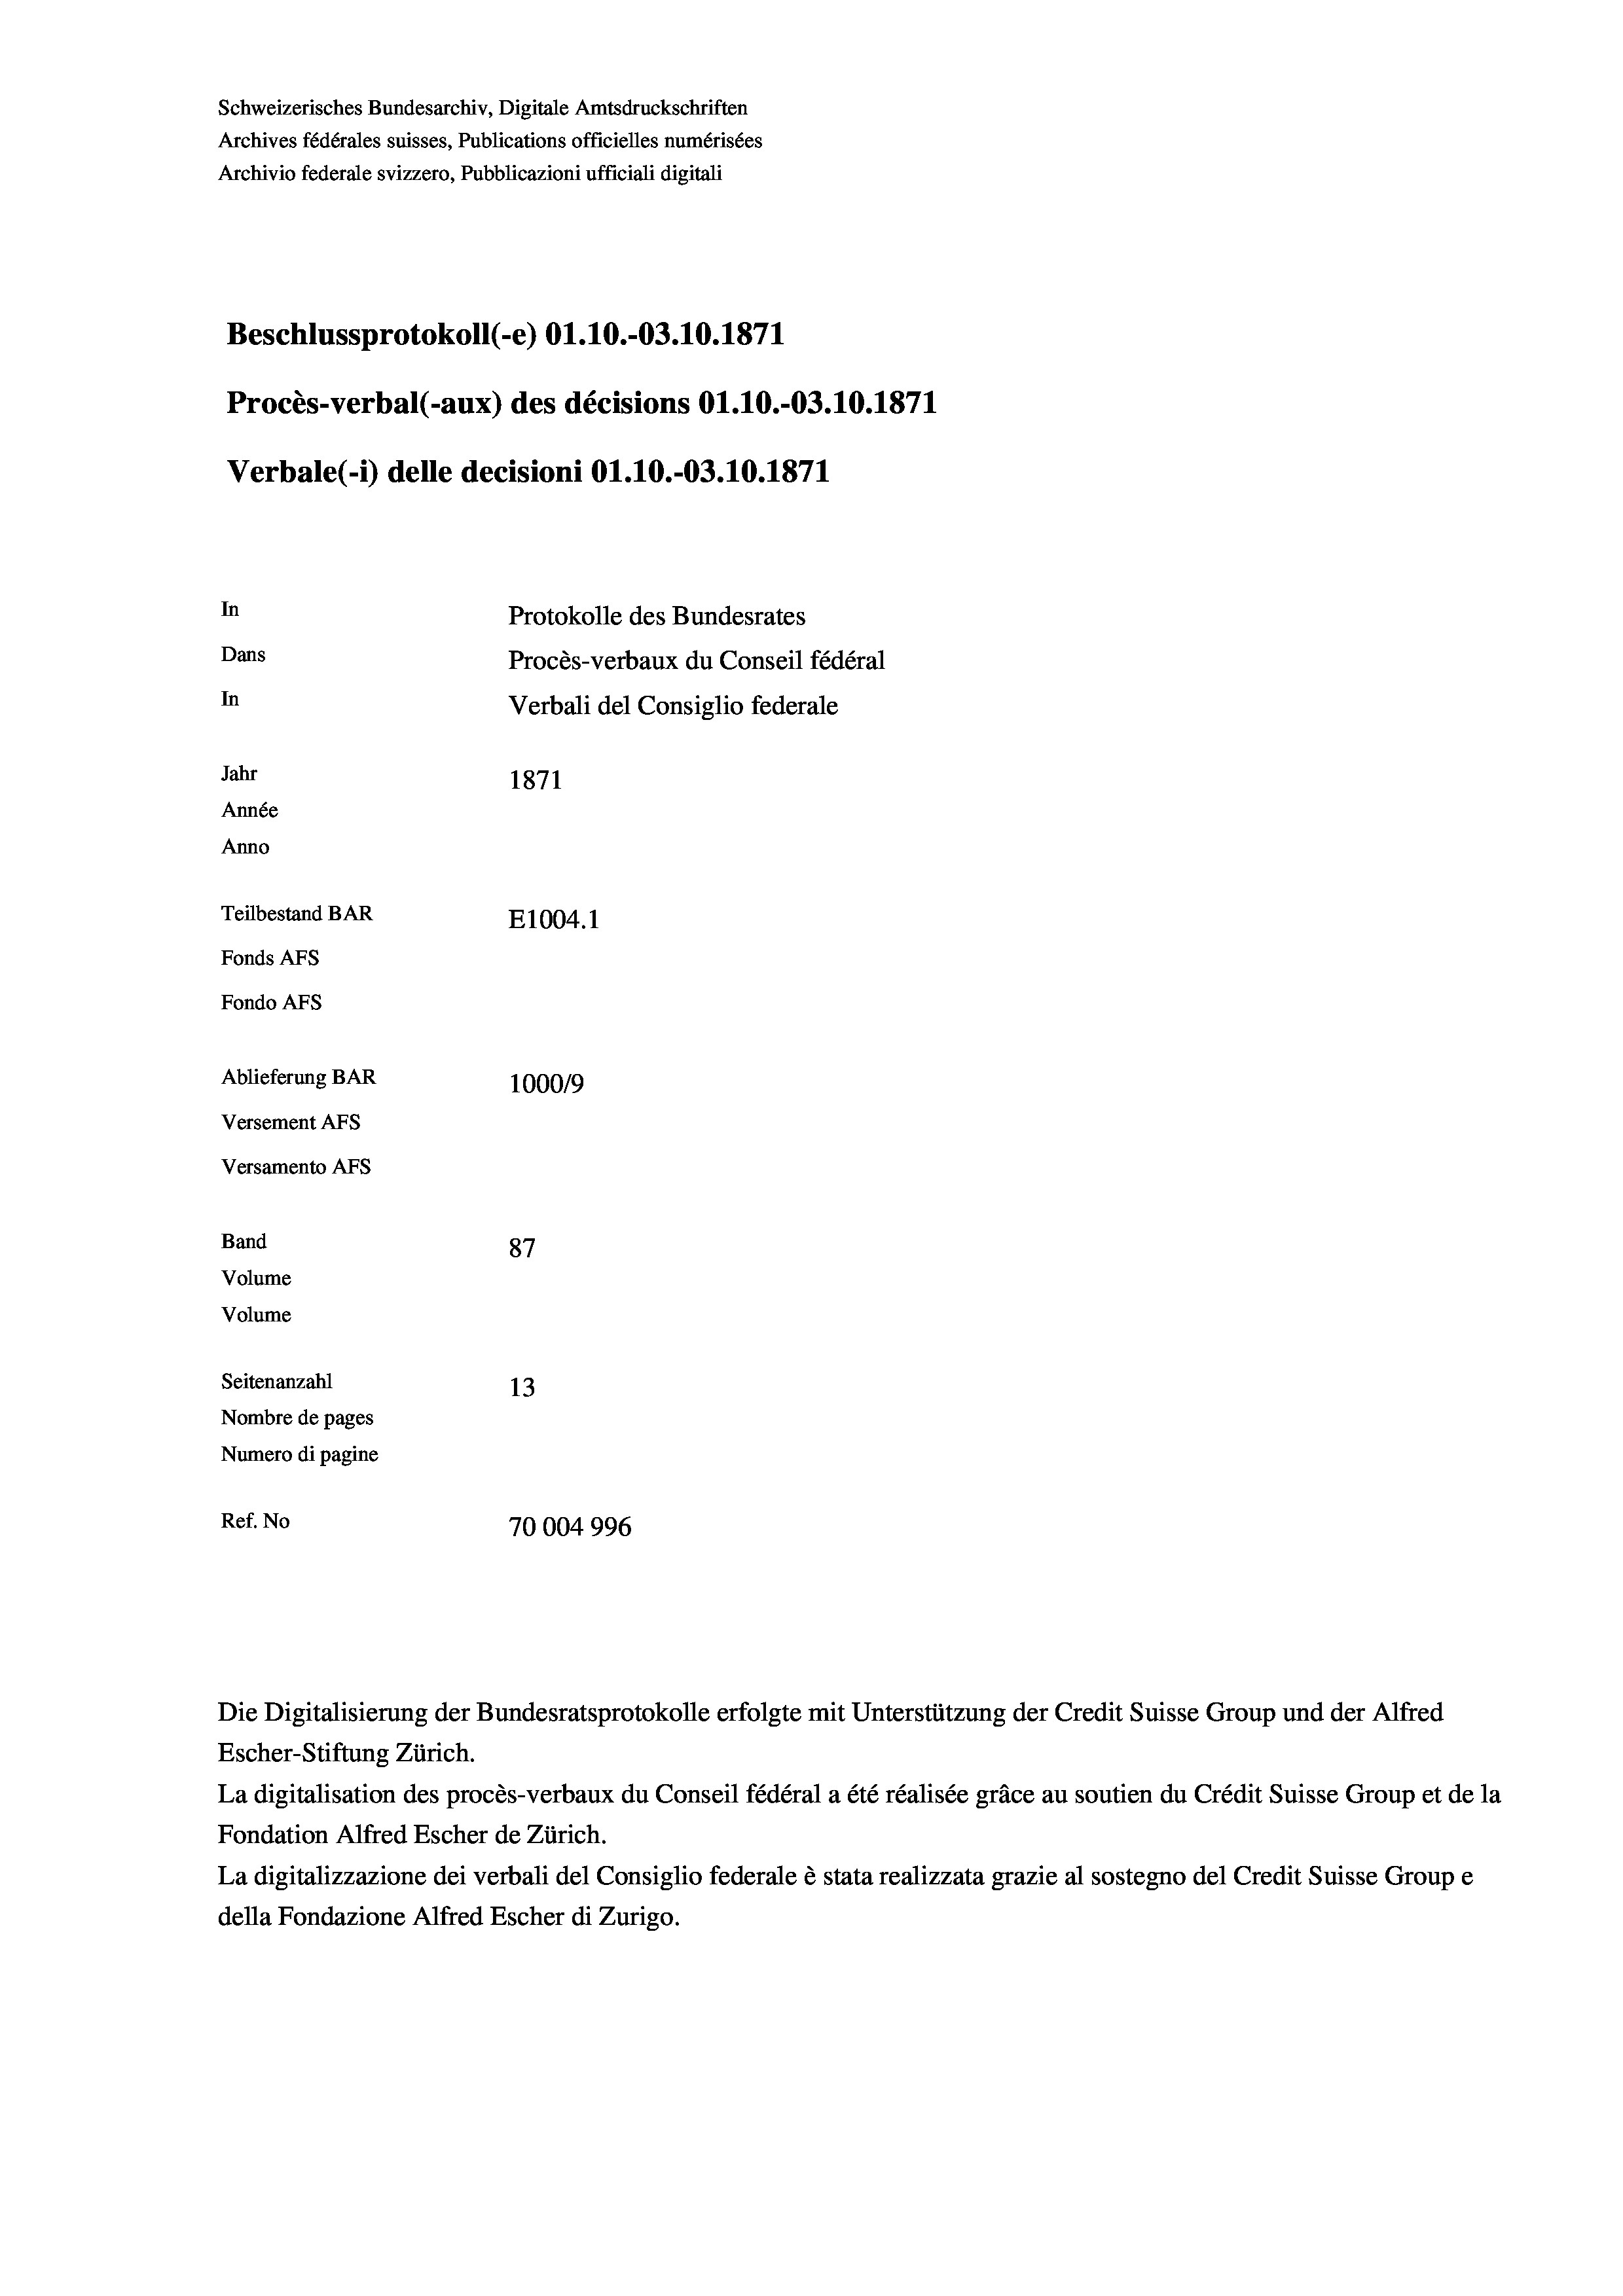
Schweizerisches Bundesarchiv, Digitale Amtsdruckschriften
Archives fédérales suisses, Publications officielles numérisées
Archivio federale svizzero, Pubblicazioni ufficiali digitali
Beschlussprotokoll (-e) O1.10.-03.10.1871
Procès-verbal (-aux) des décisions O1.10.-03.10.1871
Verbale(-*) delle decisioni O1.10.-03.10.1871
In
Protokolle des Bundesrates
Dans
Procès-verbaux du Conseil fédéral
In
Verbali del Consiglio federale
Jahr
1871
Année
Anno
Teilbestand BAR
E1004. 1
Fonds AFs
Fondo AFs
Ablieferung BAR
100019
Versement AFs
Versamento AFs
Band
87
Volume
Volume
Seitenanzahl
13
Nombre de pages
Numero di pagine
Ref. No
70004996

Escher-Stiftung Zürich.
La digitalisation des procès-verbaux du Conseil fédéral a été réalisée gräce au soutien du Crédit Suisse Group et de la
Fondation Alfred Escher de Zürich.
La digitalizzazione dei verbali del Consiglio federale è stata realizzata grazie al sostegno del Credit Suisse Groupe
della Fondazione Alfred Escher di Zurigo.

Die Digitalisierung der Bundesratsprotokolle erfolgte mit Unterstützung der Credit Suisse Group und der Alfred